Vaccine operations Central Provinces 1868-1885 - 1868-1885
Year: 1868
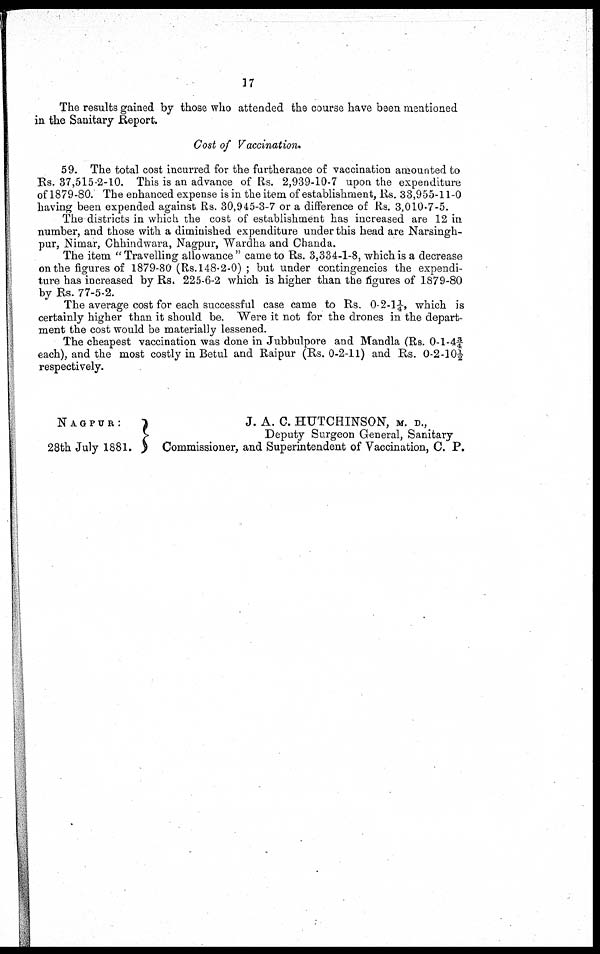
17
The results gained by those who attended the course have been mentioned
in the Sanitary Report.
Cost of Vaccination.
59. The total cost incurred for the furtherance of vaccination amounted to
Rs. 37,515-2-10. This is an advance of Rs. 2,939-10-7 upon the expenditure
of 1879-80. The enhanced expense is in the item of establishment, Rs. 33,955-11-0
having been expended against Rs. 30,945-3-7 or a difference of Rs. 3,010-7-5.
The districts in which the cost of establishment has increased are 12 in
number, and those with a diminished expenditure under this head are Narsingh¬
pur, Nimar, Chhindwara, Nagpur, Wardha and Chanda.
The item "Travelling allowance" came to Rs. 3,334-1-8, which is a decrease
on the figures of 1879-80 (Rs. 148-2-0) ; but under contingencies the expendi-
ture has increased by Rs. 225-6-2 which is higher than the figures of 1879-80
by Rs. 77-5-2.
The average cost for each successful case came to Rs. 0-2-1¼, which is
certainly higher than it should be. Were it not for the drones in the depart-
ment the cost would be materially lessened.
The cheapest vaccination was done in Jubbulpore and Mandla (Rs. 0-1-4¾
each), and the most costly in Betul and Raipur (Rs. 0-2-11) and Rs. 0-2-10½
respectively.
NAGPUR:
28th July 1881.
J. A. C. HUTCHINSON, M. D.,
Deputy Surgeon General, Sanitary
Commissioner, and Superintendent of Vaccination, C. P.